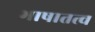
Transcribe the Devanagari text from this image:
भाषातत्व